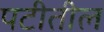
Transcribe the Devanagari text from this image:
पटीतील